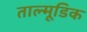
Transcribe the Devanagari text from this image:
ताल्मूडिक